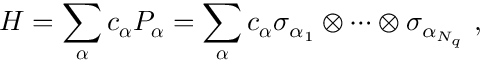
H = \sum _ { \boldsymbol { \alpha } } c _ { \boldsymbol { \alpha } } P _ { \boldsymbol { \alpha } } = \sum _ { \boldsymbol { \alpha } } c _ { \boldsymbol { \alpha } } \sigma _ { \alpha _ { 1 } } \otimes \cdots \otimes \sigma _ { \alpha _ { N _ { q } } } \ ,